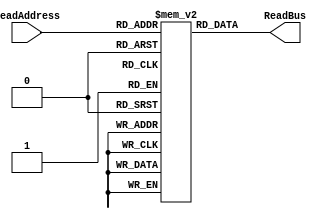
`timescale 1ns / 1ps
module sram_1R (ReadAddress, ReadBus);
input  [9:0] ReadAddress; // Change as you change size of SRAM
output [7:0] ReadBus;

reg [7:0] Register [0:1023];   // 1024 words, with each 8 bits wide
reg [7:0] ReadBus;

// Note the 4 ns delay - this is the OUTPUT DELAY FOR THE MEMORY FOR SYNTHESIS
always@(*) 
  begin 
    #4 ReadBus  =  Register[ReadAddress];
  end
endmodule